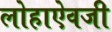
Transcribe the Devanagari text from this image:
लोहाऐवजी